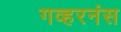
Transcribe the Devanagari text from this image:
गव्हरनंस